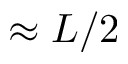
\approx L / 2